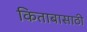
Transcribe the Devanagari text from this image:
किताबासाठी